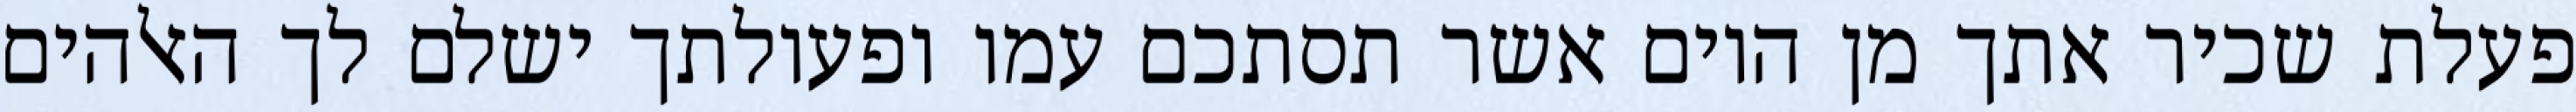
פעלת שכיר אתך מן היום אשר תסתכם עמו ופעולתך ישלם לך האלהים